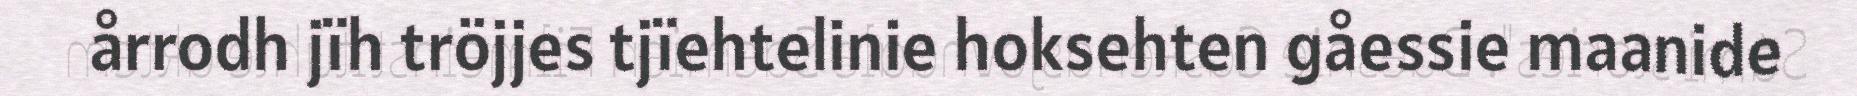
årrodh jïh tröjjes tjïehtelinie hoksehten gåessie maanide